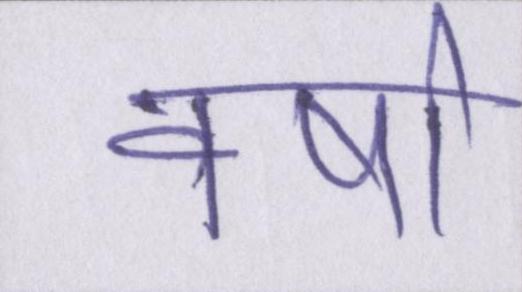
वर्षा